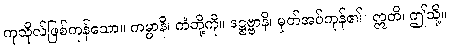
ကုသိုလ်ဖြစ်ကုန်သော။ ကမ္မာနိ၊ ကံတို့ကို။ ဒဋ္ဌဗ္ဗာနိ၊ မှတ်အပ်ကုန်၏။ ဣတိ၊ ဤသို့။